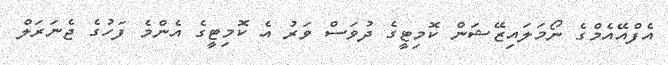
އެފްއޭއެމްގެ ނޯމަލައިޒޭޝަން ކޮމިޓީގެ ދުވަސް ވަރު އެ ކޮމިޓީގެ އެންމެ ފަހުގެ ޖެނަރަލް